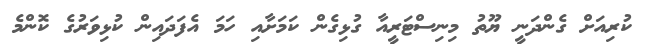
ކުރިއަށް ގެންދަނީ ޔޫތު މިނިސްޓަރީއާ ގުޅިގެން ކަމަށާއި ހަމަ އެފަދައިން ކުޅިވަރުގެ ކޮންމެ